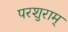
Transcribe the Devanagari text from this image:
परशुराम्